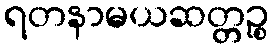
ရတနာမယဆတ္တဉ္စ